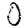
Digit: 0